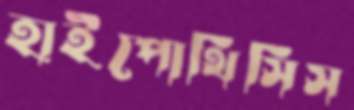
হাইপোথিসিস